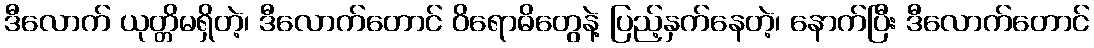
ဒီလောက် ယုတ္တိမရှိတဲ့၊ ဒီလောက်တောင် ဝိရောဓိတွေနဲ့ ပြည့်နှက်နေတဲ့၊ နောက်ပြီး ဒီလောက်တောင်